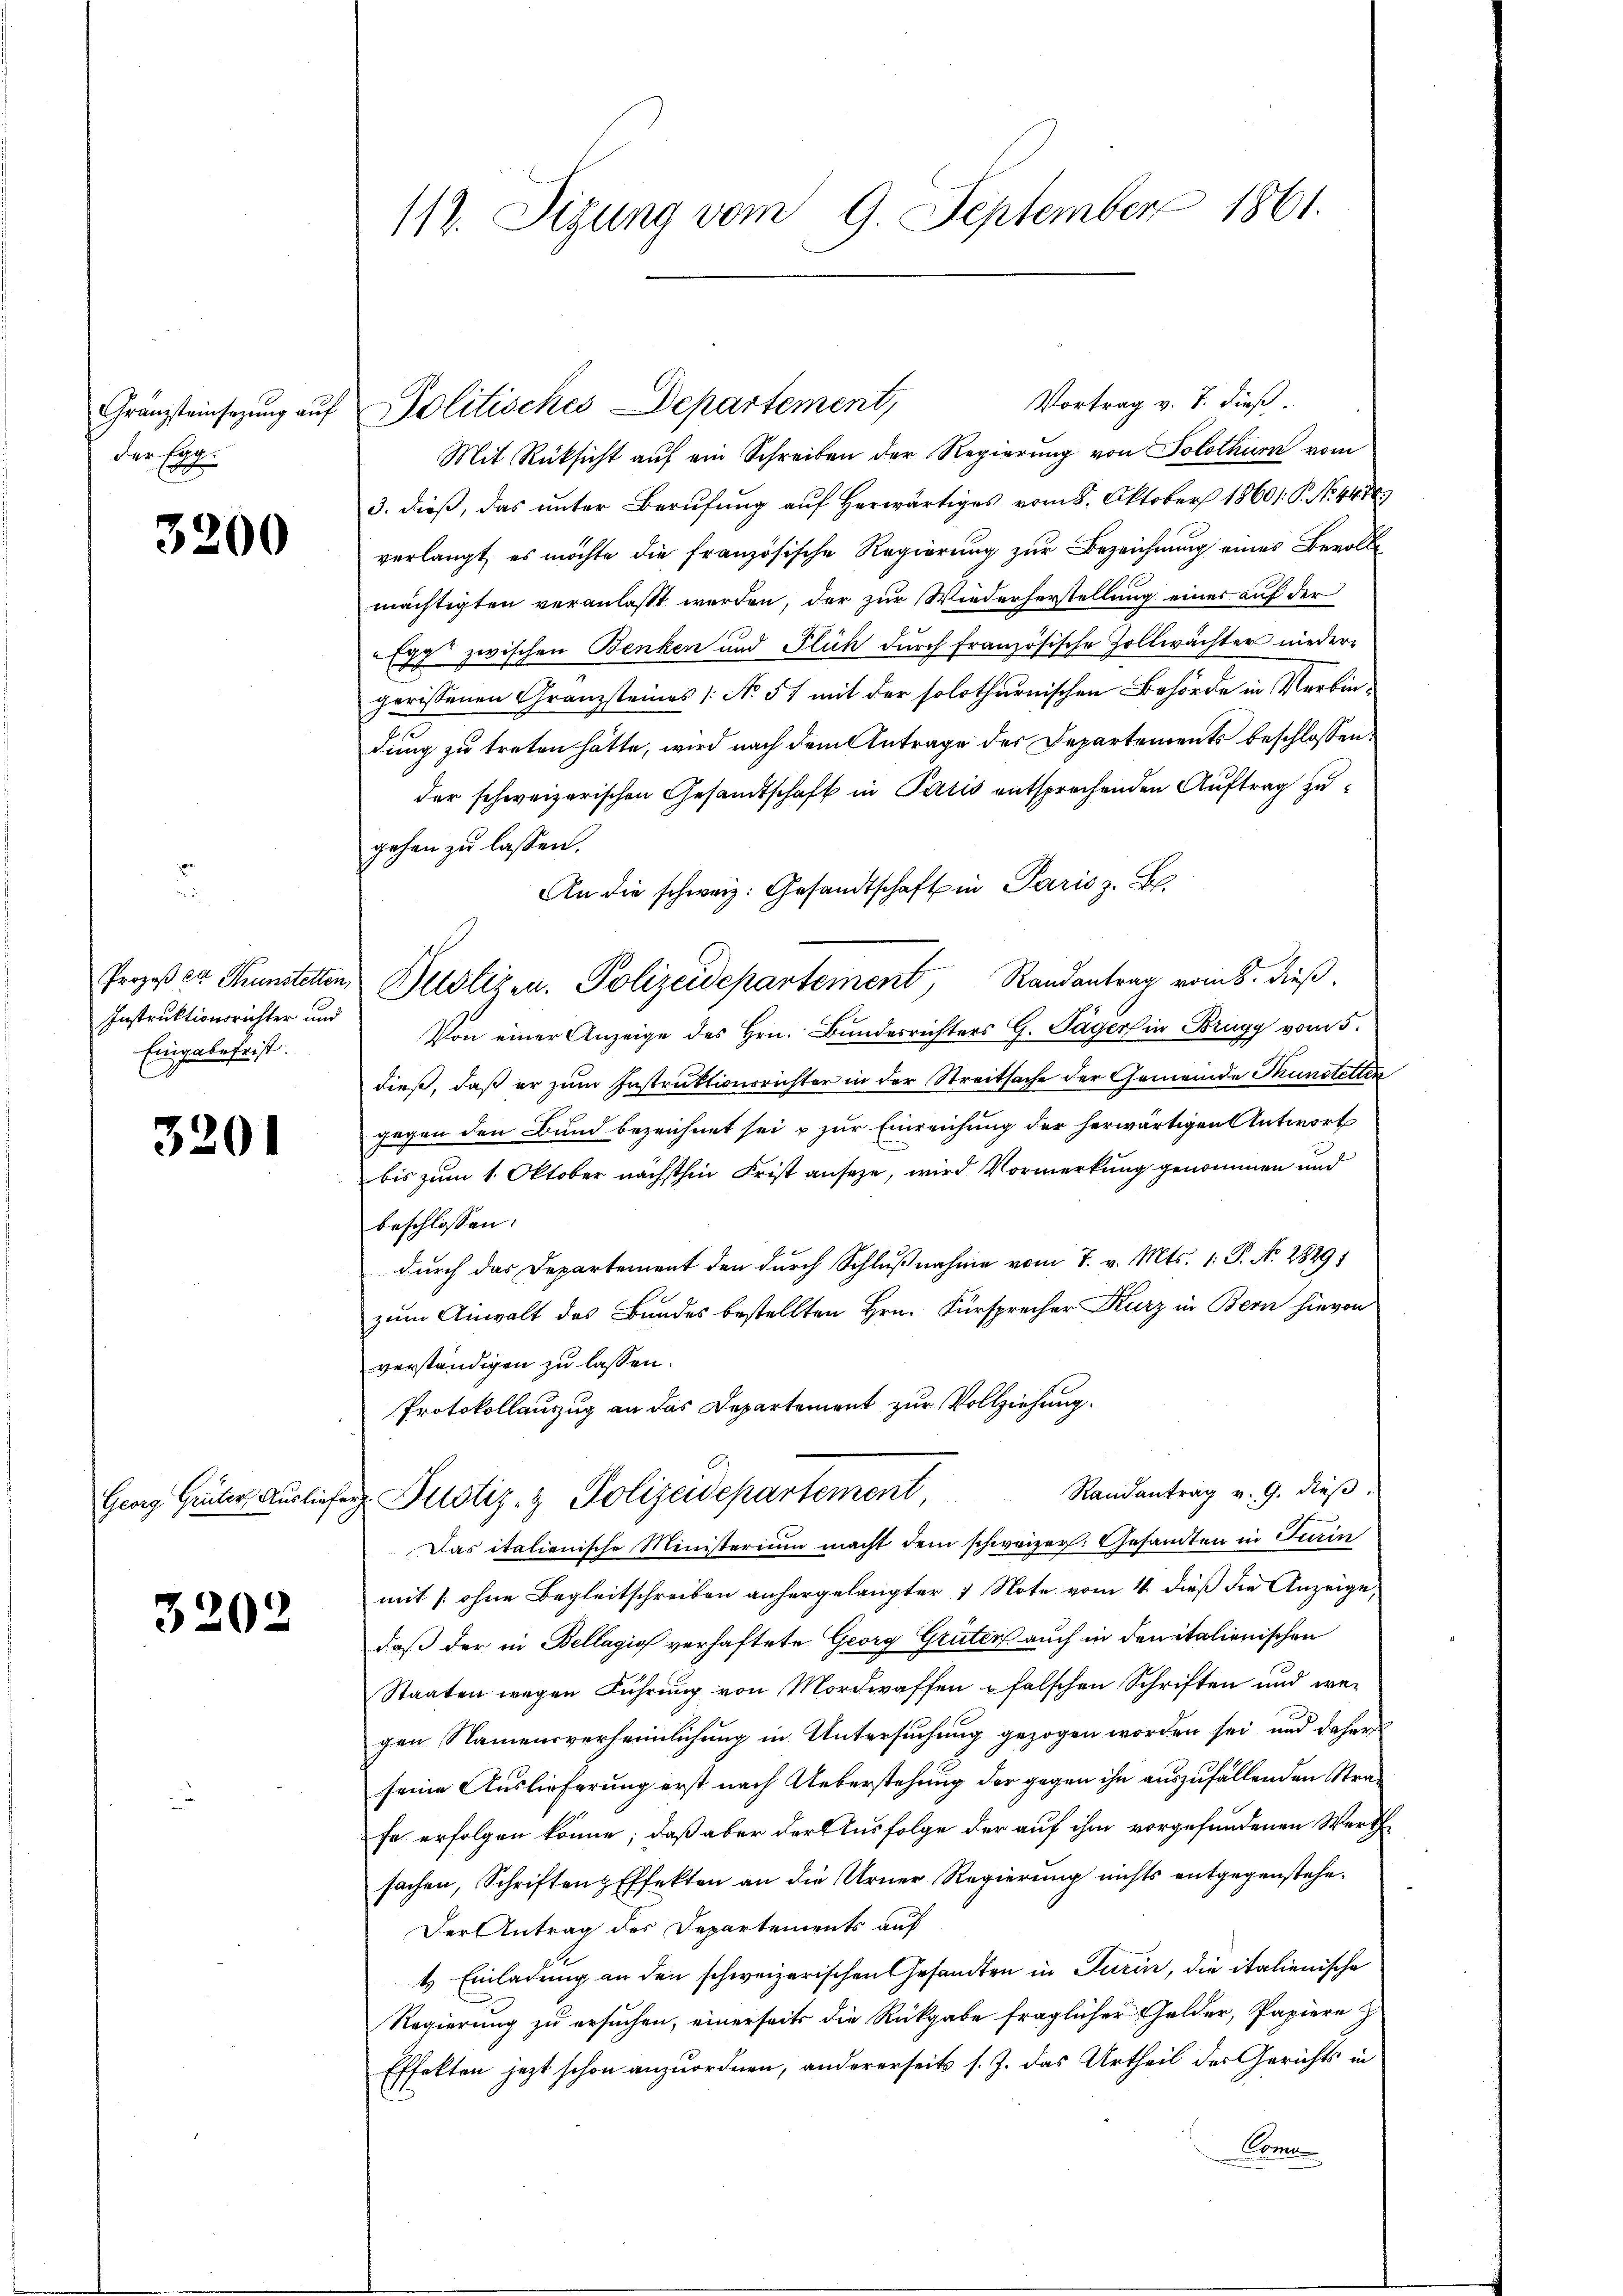
Gränzsteinsatzung auf
der Egg.

3200

Instruktionsrichter und
Eingabefrist.

3201

3202

112. Sizung vom 9. September 1861.

Vortrag v. J. dieß.
Mit Rüksicht auf ein Schreiben der Regierung von Solothurn vom
3. dieß, das unter Berufung auf Herwärtiges vom 8. Oktober 18601. P. No. 4470.
verlangt, es möchte die französische Regierung zur Bezeichnung eines Bevolle
mächtigten veranlaßt werden, der zur Wiederherstellung einer auf der
Egg zwischen Benken und Fluch durch französische Zollwächter nieder-
gerissenen Granzsteines /: No 57 mit der solothurnischen Behörde in Verbindung zu treten hätte, wird nach dem Antrage des Departements beschlossen:
der schweizerischen Gesandtschaft in Paris entsprechenden Auftrag zugehen zu lassen.
An die schweiz. Gesandtschaft in Paris z. B
Prozeß ca Sunstetten Bestizen. Polizeidepartement, Randantrag vom 8. dieß.
Von einer Anzeige des Hrn. Bundesrichters G. Tägers in Brugg vom 5.
dieß, daß er zum Instruktionsrichter in der Streitsache der Gemeinde Tunstetten
gegen den Bund bezeichnet sei & zur Einreichung der herwärtigen Antwort
bis zum 1. Oktober nächsthin Frist anseze, wird Vormerkung genommen und
beschlossen:
durch das Departement den durch Schlußnahme vom 7. v. Mts. 1. P. No. 28291
zum Anwalt des Bundes bestellten Hrn. Fürsprecher Kurz in Bern hievon
verständigen zu lassen.
Protokollanzug an das Departement zur Vollziehung.
Randantrag v. 9. dieβ.
Georg Güter Ausliefer Pustiz- & Polizeidepartement,
Das italienische Ministerium macht dem schweizer. Gesamten in Turin
mit /: ohne Begleitschreiben anhergelangter 1 Note vom 4. dieß die Anzeige,
daß der in Bellagio verhaftete Georg Grüter auch in denitalienischen
Staaten wegen Führŭng von Mordwaffen u falschen Schriften und we-
gen Namensverheimlichung in Untersuchung gezogen worden sei, und daher
seine Auslieferung erst nach Ueberstehung der gegen ihn auszufallenden Strafe erfolgen könne; daß aber der Ausfolge der auf ihm vorgefundenen Werth
sachen, Schriften Effekten an die Urner Regierung nichts entgegenstehe.
Der Antrag des Departements auf
t Einladung an den schweizerischen Gesandten in Turin, die italienische
Regierung zu ersuchen, einerseits die Rückgabe fraglicher Gelder, Papiere
Effekten jetzt schon anzuordnen, andererseits s. Z. das Urtheil des Gerichts in
Comu

Politisches Departement,